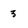
Character: 3